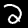
Digit: 2